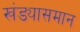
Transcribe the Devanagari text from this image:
खंड्यासमान